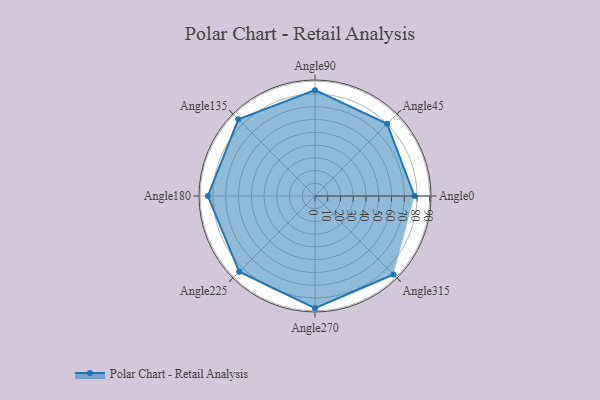
{"axis": {"x": "Angle", "y": "Radius"}, "legend": [""], "data": [{"x": "Angle0", "y": 78.0, "type": ""}, {"x": "Angle45", "y": 80.0, "type": ""}, {"x": "Angle90", "y": 83.0, "type": ""}, {"x": "Angle135", "y": 85.0, "type": ""}, {"x": "Angle180", "y": 84.0, "type": ""}, {"x": "Angle225", "y": 84.0, "type": ""}, {"x": "Angle270", "y": 88.0, "type": ""}, {"x": "Angle315", "y": 87.0, "type": ""}]}